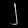
Digit: ၂